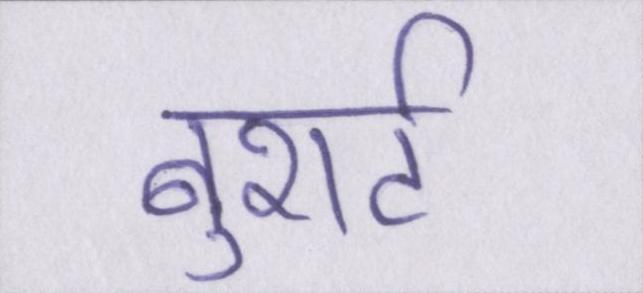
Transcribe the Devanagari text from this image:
बुशर्ट